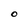
Character: O